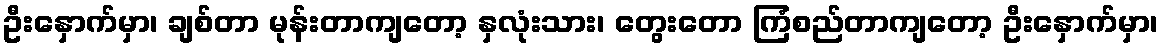
ဦးနှောက်မှာ၊ ချစ်တာ မုန်းတာကျတော့ နှလုံးသား၊ တွေးတော ကြံစည်တာကျတော့ ဦးနှောက်မှာ၊